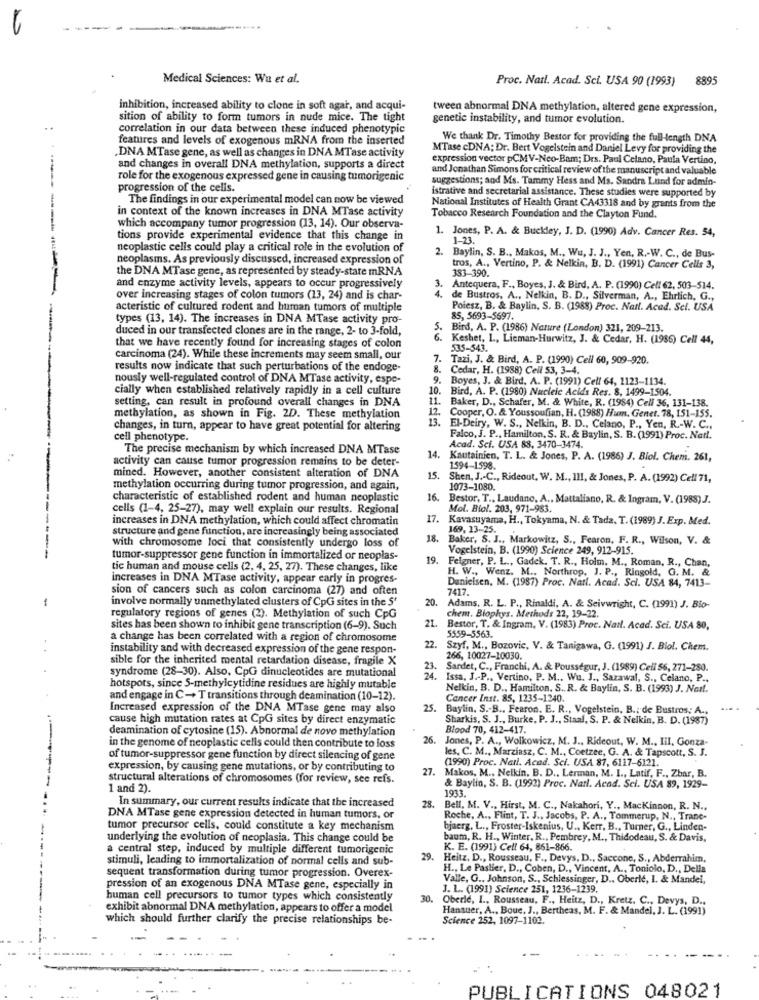
Medical Sciences: Wa et al.
Proc. Natl. Acad. Sci. USA 90 (1993) 8895
inhibition, increased ability to clone in soft agar, and acqui-
tween abnormal DNA methylation, altered gene expression,
sition of ability to form tumors in nude mice. The tight
genetic instability, and tumor evolution
correlation in our data between these induced phenotypic
features and levels of exogenous mRNA from the inserted
We thank Dr. Timothy Bestor for providing the full-length DNA
DNA MTase gene, as well as changes in DNA MTase activity
MTase cDNA; Dr. Bert Vogelstein and Daniel Levy for providing the
expression vector pCMV-Neo-Bam; Drs. Paul Celano, Paula Vertino,
and changes in overall DNA methylation, supports a direct
and Jonathan Simons for critical review of the manuscript and valuable
role for the exogenous expressed gene in causing tumorigenic
suggestions; and Ms. Tammy Hess and Ms. Sandra Lund for admin-
progression of the cells.
istrative and secretarial assistance. These studies were supported by
The findings in our experimental model can now be viewed
in context of the known increases in DNA MTase activity
National Institutes of Health Grant CA43318 and by grants from the
Tobacco Research Foundation and the Clayton Fund.
which accompany tumor progression (13, 14). Our observa-
1. Jones, P. A. & Buckley, J. D. (1990) Adv. Cancer Res. 54,
tions provide experimental evidence that this change in
1-23.
neoplastic cells could play a critical role in the evolution of
neoplasms. As previously discussed, increased expression of
2. Baylin, S. B ., Makos, M ., Wu, J. J ., Yen, R .- W. C ., de Bus-
the DNA MTase gene, as represented by steady-state mRNA
tros, A ., Vertino, P. & Nelkin, B. D. (1991) Cancer Cells 3,
383-390.
and enzyme activity levels, appears to occur progressively
. Antequera, F ., Boyes, J. & Bird, A. P. (1990) Cell 62, 503-514.
over increasing stages of colon tumors (13, 24) and is char-
4. de Bustros, A ., Nelkin, B. D ., Silverman, A ., Ehrlich, G .,
acteristic of cultured rodent and human tumors of multiple
Poiesz, B. & Baylin, S. B. (1988) Proc. Natl. Acad. Sel. USA
types (13, 14). The increases in DNA MTase activity pro-
85, 5693-5697.
duced in our transfected clones are in the range, 2- to 3-fold,
5. Bird, A. P. (1986) Nature (London) 321, 209-213.
6.
Keshet, 1 ., Lieman-Hurwitz, J. & Cedar, H. (1986) Cell 44,
that we have recently found for increasing stages of colon
535-543.
carcinoma (24). While these increments may seem small, our
7.
Tazi, J. & Bird, A. P. (1990) Cell 60, 909-920.
results now indicate that such perturbations of the endoge-
Cedar, H. (1988) Cell 53, 3-4.
nously well-regulated control of DNA MTase activity, espe-
9.
Boyes, J. & Bird, A. P. (1991) Cell 64, 1123-1134.
cially when established relatively rapidly in a cell culture
10.
Bird, A. P. (1980) Nucleic Acids Res. 8, 1499-1504.
setting, can result in profound overall changes in DNA
11.
Baker, D ., Schafer, M. & White, R. (1984) Cell 36, 131-138.
12.
methylation, as shown in Fig. 2D. These methylation
13.
Cooper, O. & Youssoufian, H. (1988) Hum. Genet. 78, 151-155.
changes, in turn, appear to have great potential for altering
El-Deiry, W. S ., Nelkin, B. D ., Celano, P ., Yen, R .- W. C .,
cell phenotype.
Falco, J. P ., Hamilton, S. R. & Baylin, S. B. (1991) Proc. Natl.
The precise mechanism by which increased DNA MTase
Acad. Sci. USA 88, 3470-3474.
activity can cause tumor progression remains to be deter-
14.
Koutainien, T. L. & Jones, P. A. (1986) J. Biol. Chem. 261,
1594-1598.
mined. However, another consistent alteration of DNA
15.
Shen, J .- C ., Rideout, W. M ., III, & Jones, P. A. (1992) Cell 71,
methylation occurring during tumor progression, and again,
1073-1080.
characteristic of established rodent and human neoplastic
16.
Bestor, T ., Laudano, A ., Mattaliano, R. & Ingram, V. (1988) J.
cells (1-4, 25-27), may well explain our results. Regional
Mol. Biol. 203, 971-983.
increases in DNA methylation, which could affect chromatin
17.
Kavasuyama, H ., Tokyama, N. & Tada. T. (1989) J. Exp. Med.
structure and gene function, are increasingly being associated
169, 13-25.
with chromosome loci that consistently undergo loss of
18.
Baker, S. J ., Markowitz, S ., Fearon, F. R ., Wilson, V. &
Vogelstein, B. (1990) Science 249, 912-915.
tumor-suppressor gene function in immortalized or neoplas-
19.
Felgner, P. L ., Gadek. T. R ., Holm, M ., Roman, R ., Chan,
tic human and mouse cells (2, 4, 25, 27). These changes, like
H. W ., Wenz. M .. Northrop, J. P ., Ringold, G. M. &
increases in DNA MTase activity, appear early in progres-
sion of cancers such as colon carcinoma (27) and often
Danielsen, M. (1987) Proc. Natl. Acad. Sci. USA 84, 7413-
7417.
involve normally unmethylated clusters of CpG sites in the S'
20.
Adams, R. L. P ., Rinaldi, A. & Seivwright, C. (1991) J. Bio-
chem. Biophys. Methods 22, 19-22.
regulatory regions of genes (2). Methylation of such CpG
sites has been shown to inhibit gene transcription (6-9). Such
21.
Bestor, T. & Ingram. V. (1983) Proc. Nat. Acad. Sci. USA 80,
a change has been correlated with a region of chromosome
5559-5563.
instability and with decreased expression of the gene respon-
22.
Szyf, M ., Bozovic, V. & Tanigawa, G. (1991) J. Biol. Chem.
sible for the inherited mental retardation disease, fragile X
266, 10027-10030.
syndrome (28-30). Also, CpG dinucleotides are mutational
Sardet, C ., Franchi, A. & Pousségur, J. (1989) Cell 56, 271-280.
Issa, J .- P ., Vertino, P. M .. Wu. J ., Sazawal, S ., Celano, P .,
hotspots, since 5-methylcytidine residues are highly mutable
Nelkin, B. D ., Hamilton, S. R. & Baylin, S. B. (1993) J. Naif.
and engage in C-+ T transitions through deamination (10-12).
Cancer Inst. 85, 1235-1240.
Increased expression of the DNA MTase gene may also
25.
Baylin. S .- B ., Fearon. E. R ., Vogelstein, B .; de Bustros ;; A ..
cause high mutation rates at CpG sites by direct enzymatic
Sharkis, S. J ., Burke, P. J ., Staal, S. P. & Nelkin, B. D. (1987)
deamination of cytosine (15). Abnormal de novo methylation
Blood 70, 412-417.
26. Jones, P. A ., Wolkowicz, M. J ., Rideout, W. M ., III, Gonza-
in the genome of neoplastic cells could then contribute to loss
les. C. M ., Marziasz, C. M ., Coetzee, G. A. & Tapscott, S. J.
of tumor-suppressor gene function by direct silencing of gene
(1990) Proc. Natl. Acad. Sci. USA 87, 6117-6121.
expression, by causing gene mutations, or by contributing to
27.
Makos, M ., Nelkin, B. D ., Lerman, M. I ., Latif, F ., Zbar, B.
structural alterations of chromosomes (for review, see refs.
1 and 2).
& Baylin, S. B. (1992) Proc. Natl. Acod. Sci. USA 89, 1929-
1933.
In summary, our current results indicate that the increased
28.
Bell, M. V ., Hirst, M. C ., Nakahori, Y ., Mackinnon, R. N .,
DNA MTase gene expression detected in human tumors, or
Roche, A ., Flint, T. J ., Jacobs, P. A ., Tommerup, N ., Trane-
tumor precursor cells, could constitute a key mechanism
bjuerg, L ., Froster-Iskenius, U ., Kerr, B ., Turner, G ., Linden-
underlying the evolution of neoplasia. This change could be
baum, R. H ., Winter, R ., Pembrey, M ., Thidodeau, S. & Davis,
a central step, induced by multiple different tumorigenic
K. E. (1991) Cell 64, 861-866.
stimuli, leading to immortalization of normal cells and sub-
29.
Heitz, D ., Rousseau, F ., Devys, D ., Saccone, S ., Abderrahim,
sequent transformation during tumor progression. Overex-
H ., Le Pastier, D ., Coben, D ., Vincent, A ., Toniolo, D ., Della
Valle, G ., Johnson, S ., Schlessinger, D .. Oberle, I. & Mandel,
pression of an exogenous DNA MTase gene, especially in
J. L. (1991) Science 251, 1236-1239.
human cell precursors to tumor types which consistently
30. Oberle, 1 ., Rousseau, F ., Heitz, D ., Kretz. C ., Devys, D ..
exhibit abnormal DNA methylation, appears to offer a model
Hansuer, A ., Bouc. J ., Bertheas, M. F. & Mandel, J. L. (1991)
which should further clarify the precise relationships be-
Science 252, 1097-1102.
PUBLICATIONS 048021